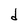
Character: d